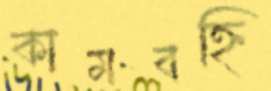
কামবহ্নি